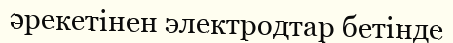
әрекетінен электродтар бетінде